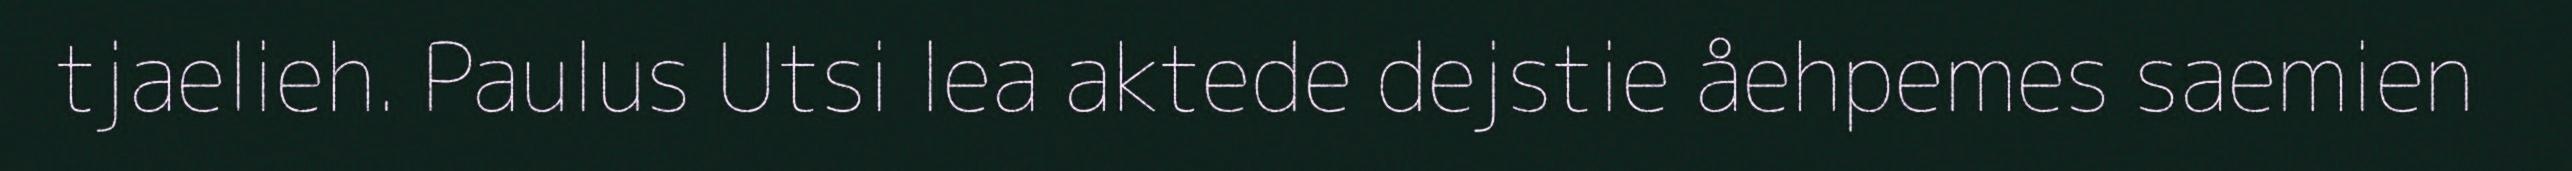
tjaelieh. Paulus Utsi lea aktede dejstie åehpemes saemien